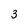
Character: 3